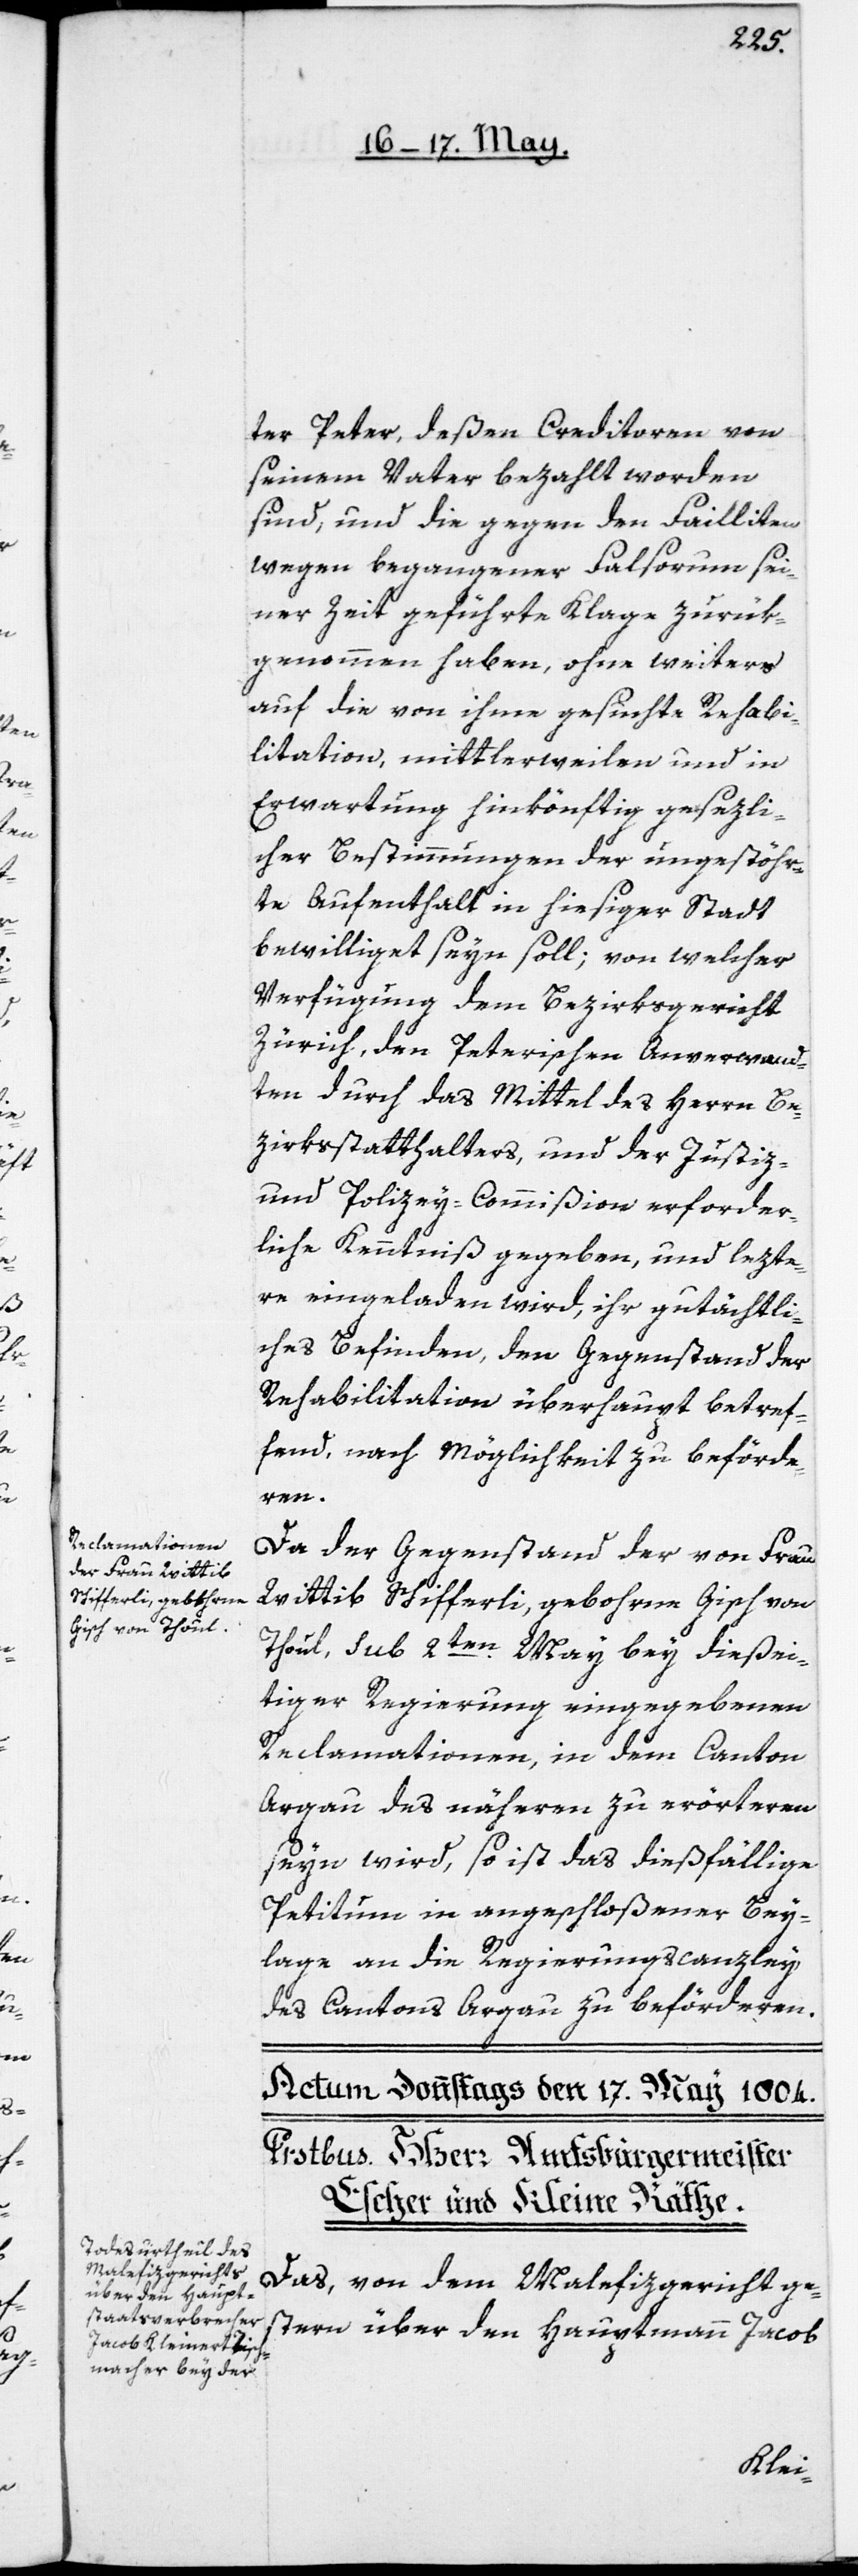
ter Peter, deßen Creditoren von
seinem Vater bezahlt worden
sind, und die gegen den Failliten
wegen begangener Falsorum sei¬
ner Zeit geführten Klage zurük¬
genommen haben, ohne weiters
auf die von ihme gesuchte Rehabi¬
litation, mittlerweilen und in
Erwartung hinkönftig gesezli¬
cher Bestimmungen der ungestöhr¬
te Aufenthalt in hiesiger Stadt
bewilliget seyn soll; von welcher
Verfügung dem Bezirksgericht
Zürich, den Peterischen Anverwand¬
ten durch das Mittel des Herrn Be¬
zirksstatthalters, und der Justiz-
und Polizey-Commißion erforder¬
liche Kenntniß gegeben, und lezte¬
re eingeladen wird, ihr gutächtli¬
ches Befinden, den Gegenstand der
Rehabilitation überhaupt betref¬
fend, nach Möglichkeit zu beförde¬
ren.
Da der Gegenstand der von Frau
Wittib Schifferli, gebohrne Gisch von
Thoul, sub 2ten May bey dießei¬
tiger Regierung eingegebenen
Reclamationen, in dem Canton
Argau des näheren zu erörteren
seyn wird, so ist das dießfällige
Petitum in angeschloßener Bey¬
lage an die Regierungscanzley
des Cantons Argau zu beförderen.
Das, von dem Malefizgericht ge¬
stern über den Hauptmann Jacob